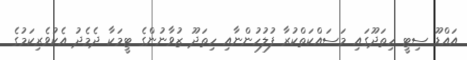
އައްޑޫ ސިޓީ ހިތަދޫގައި މަސައްކަތްކުރާ ފުލުހުންނާއި ހިތަދޫ ޒުވާނުންގެ ޓީމަކާ ދެމެދު އެކުވެރިކަމުގެ